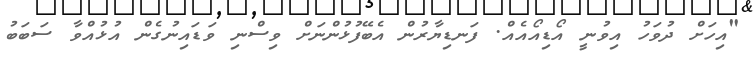
"އިހަށް ދުވަހު އިވުނީ އޯޑިއޯއެއް. ފަނޑިޔާރުން އެބޭފުޅުންނަށް ވިސްނި ވަޑައިނުގެން އުޅުއްވާ ސަބަބު